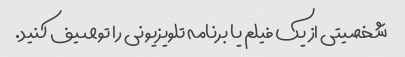
شخصیتی از یک فیلم یا برنامه تلویزیونی را توصیف کنید.